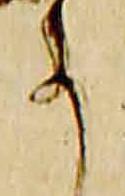
事